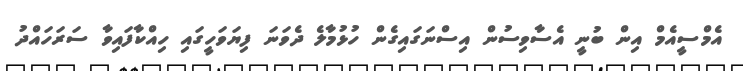
އެމްސީއެމް އިން ބުނީ އެސާވިސުން އިސްނަގައިގެން ހުޅުމާލެ ދެވަނަ ފިޔަވަހީގައި ހިއްކާފައިވާ ސަރަހައްދު